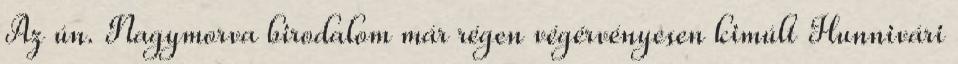
Az ún. Nagymorva birodalom már régen végérvényesen kimúlt Hunnivári